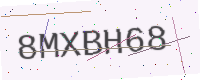
Text: 8MXBH68